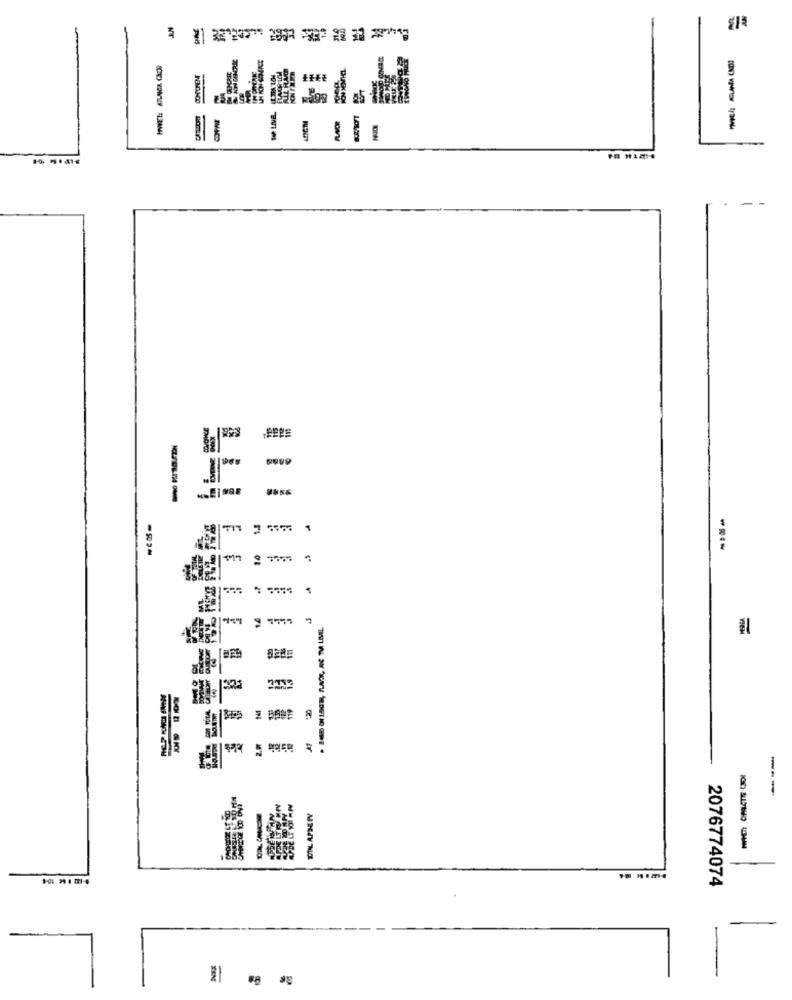
19 UNE.
---
--
---
2076774074